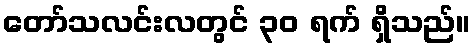
တော်သလင်းလတွင် ၃၀ ရက် ရှိသည်။